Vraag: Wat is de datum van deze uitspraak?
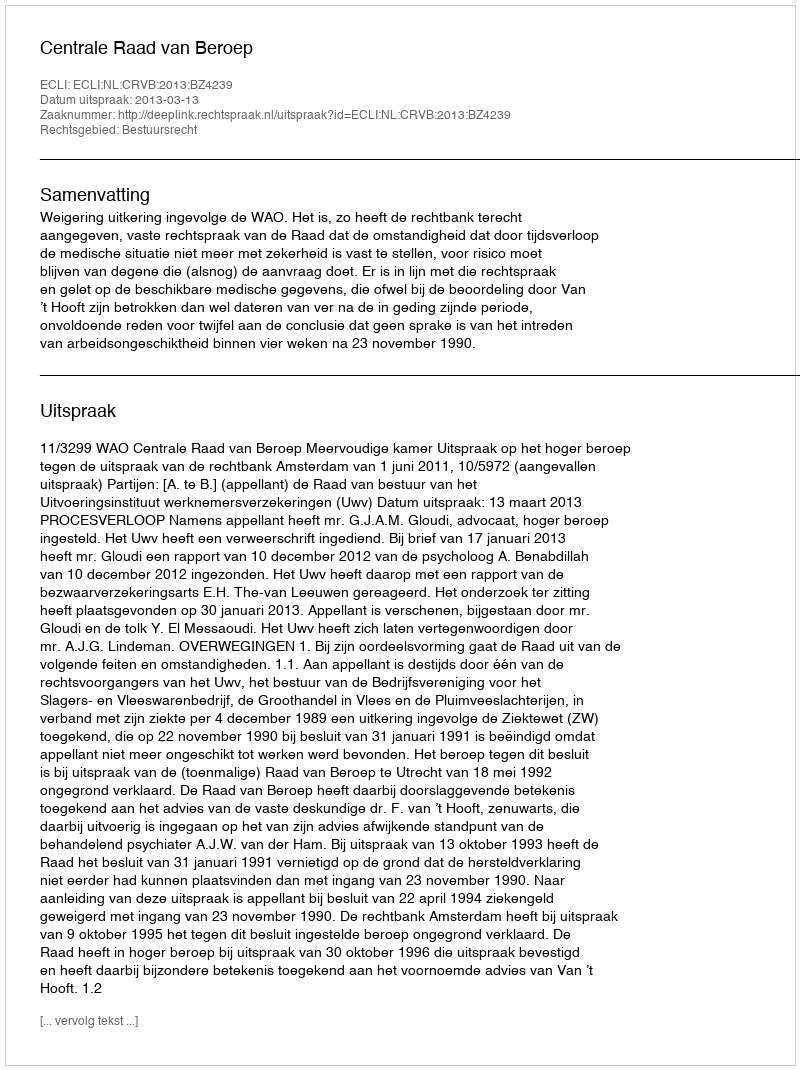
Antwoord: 2013-03-13